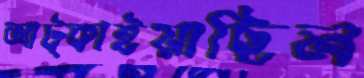
আট্‌কাইয়াছিল